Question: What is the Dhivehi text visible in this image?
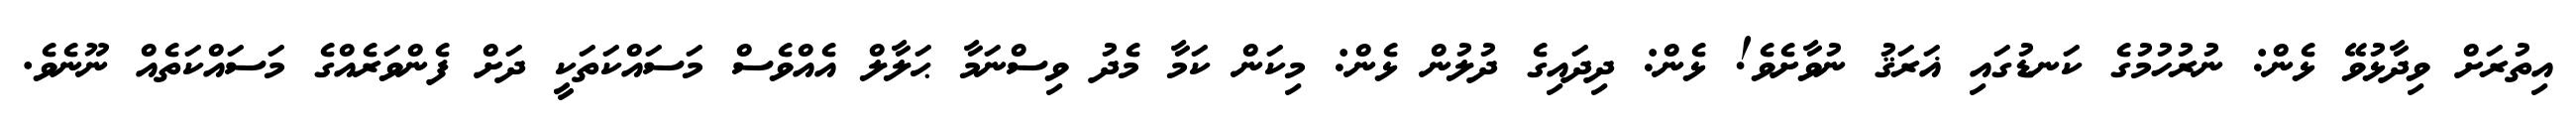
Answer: އިތުރަށް ވިދާޅުވޭ ޅެން: ނުރުހުމުގެ ކަނޑުގައި ޣަރަޤު ނުވާށެވެ! ޅެން: ދިދައިގެ ދުލުން ޅެން: މިކަން ކަމާ މެދު ވިސްނަމާ ޙަލާލް އެއްވެސް މަސައްކަތަކީ ދަށް ފެންވަރެއްގެ މަސައްކަތެއް ނޫނެވެ.